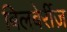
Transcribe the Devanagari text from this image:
बिलबेर्रीज़